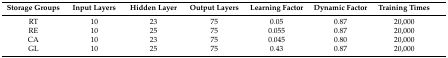
<table><thead><tr><td rowspan="2"><b>Storage Groups</b></td><td rowspan="2"><b>Input Layers</b></td><td rowspan="2"><b>Hidden Layer</b></td><td rowspan="2"><b>Output Layers</b></td><td rowspan="2"><b>Learning Factor</b></td><td rowspan="2"><b>Dynamic Factor</b></td><td rowspan="2"><b>Training Times</b></td><td></td></tr></thead><tbody><tr><td>RT</td><td>10</td><td>23</td><td>75</td><td>0.05</td><td>0.87</td><td>20,000</td><td></td></tr><tr><td>RE</td><td>10</td><td>25</td><td>75</td><td>0.055</td><td>0.87</td><td>20,000</td><td></td></tr><tr><td>CA</td><td>10</td><td>23</td><td>75</td><td>0.045</td><td>0.80</td><td>20,000</td><td></td></tr><tr><td>GL</td><td>10</td><td>25</td><td>75</td><td>0.43</td><td>0.87</td><td>20,000</td><td></td></tr></tbody></table>